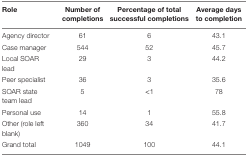
<table><thead><tr><td><b>Role</b></td><td><b>Number of completions</b></td><td><b>Percentage of total successful completions</b></td><td><b>Average days to completion</b></td></tr></thead><tbody><tr><td>Agency director</td><td>61</td><td>6</td><td>43.1</td></tr><tr><td>Case manager</td><td>544</td><td>52</td><td>45.7</td></tr><tr><td>Local SOAR lead</td><td>29</td><td>3</td><td>44.2</td></tr><tr><td>Peer specialist</td><td>36</td><td>3</td><td>35.6</td></tr><tr><td>SOAR state team lead</td><td>5</td><td>&lt;1</td><td>78</td></tr><tr><td>Personal use</td><td>14</td><td>1</td><td>55.8</td></tr><tr><td>Other (role left blank)</td><td>360</td><td>34</td><td>41.7</td></tr><tr><td>Grand total</td><td>1049</td><td>100</td><td>44.1</td></tr></tbody></table>